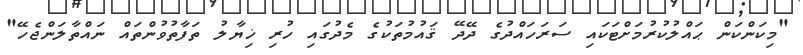
"މިކަންކަން ޙައްލުކުރުމަށްޓަކައި ސަރަހައްދުގެ ދޭދޭ ޤައުމުތަކުގެ މެދުގައި ހުރި ޚިޔާލު ތަފާތުވުންތައް ނައްތާލަންޖެހޭ"